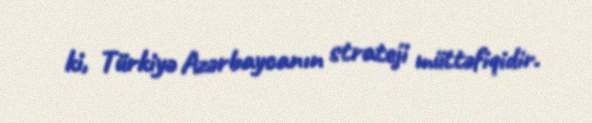
ki, Türkiyə Azərbaycanın strateji müttəfiqidir.